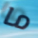
ما